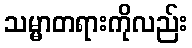
သမ္မာတရားကိုလည်း